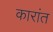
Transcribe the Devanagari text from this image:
कारांत